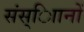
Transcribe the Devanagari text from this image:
संस्ािानों